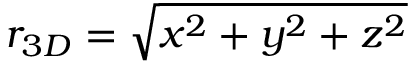
r _ { 3 D } = \sqrt { x ^ { 2 } + y ^ { 2 } + z ^ { 2 } }